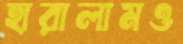
হারালামও